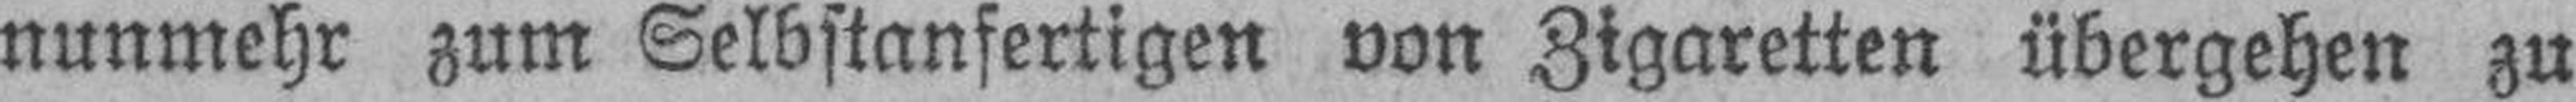
nunmehr zum Selbstanfertigen von Zigaretten übergehen zu